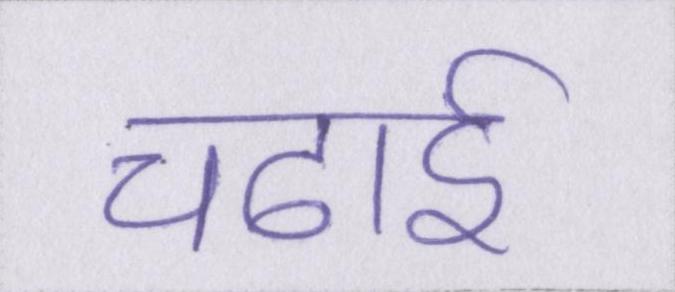
चढाई